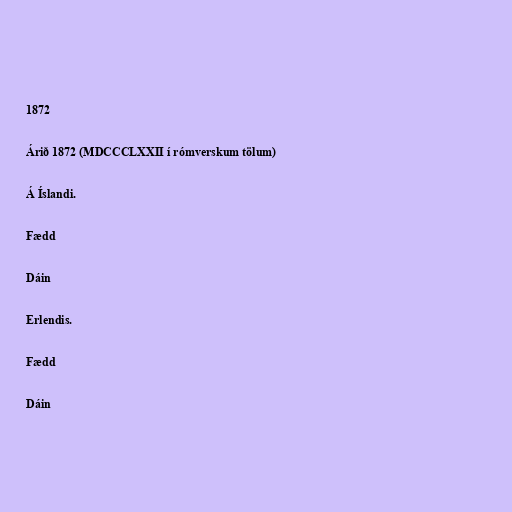
1872

Árið 1872 (MDCCCLXXII í rómverskum tölum)

Á Íslandi.

Fædd

Dáin

Erlendis.

Fædd

Dáin